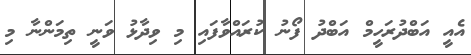
އެއީ އަބްދުރަހީމް އަބްދު ފޯނު ކުރައްވާފައި މި ވިދާޅު ވަނީ ތިމަންނާ މި